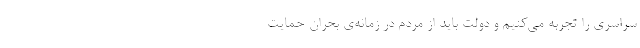
سراسری را تجربه می‌کنیم و دولت باید از مردم در زمانه‌ی بحران حمایت